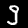
Digit: 9